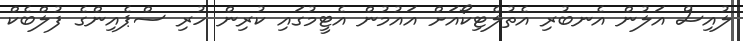
ލުއިސް އަލުން އެނބުރި އެތުލެޓިކޯއަށް އައުމުން އެޓީމުގައި ކުރިން ހުރި ސްޕެއިންގެ ފުލްބެކް